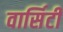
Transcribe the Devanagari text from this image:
वार्सिटी